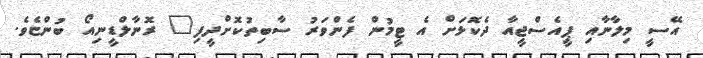
އޭސީ މިލާނާއި ޕީއެސްޖީއާ ދެކޮޅަށް އެ ޓީމުން ފެންވަރު ސާބިތުކޮށްދީފި" ރޮނާލްޑީނިއޯ ބުންޏެވެ.